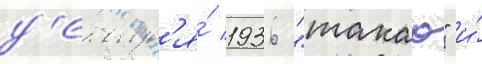
д'екабр'я́ 1936 "такао" и́